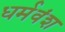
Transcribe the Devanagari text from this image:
धर्मवंश